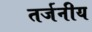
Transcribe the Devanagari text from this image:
तर्जनीय